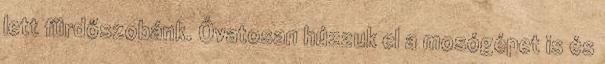
lett fürdőszobánk. Óvatosan húzzuk el a mosógépet is és